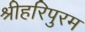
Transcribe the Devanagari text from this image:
श्रीहरिपुरम